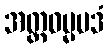
အတ္ထဓမ္မပဒံ